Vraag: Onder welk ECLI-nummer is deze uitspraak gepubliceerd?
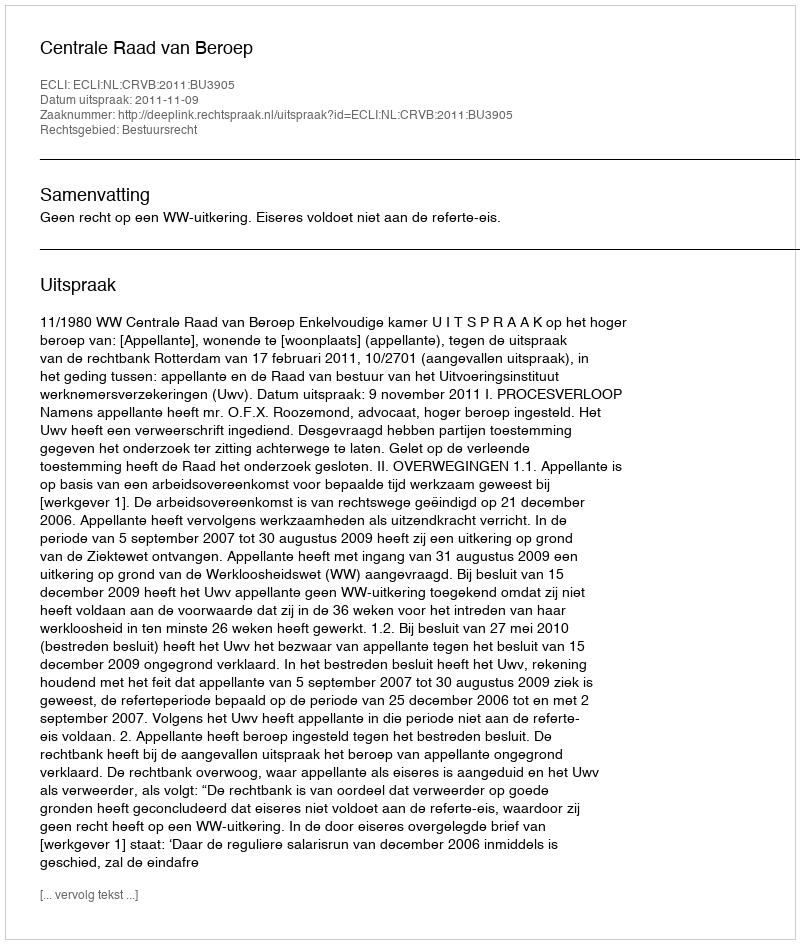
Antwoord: ECLI:NL:CRVB:2011:BU3905